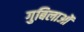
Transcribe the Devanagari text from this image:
गुबिलाओं